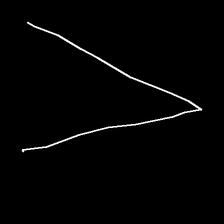
Glyph: region